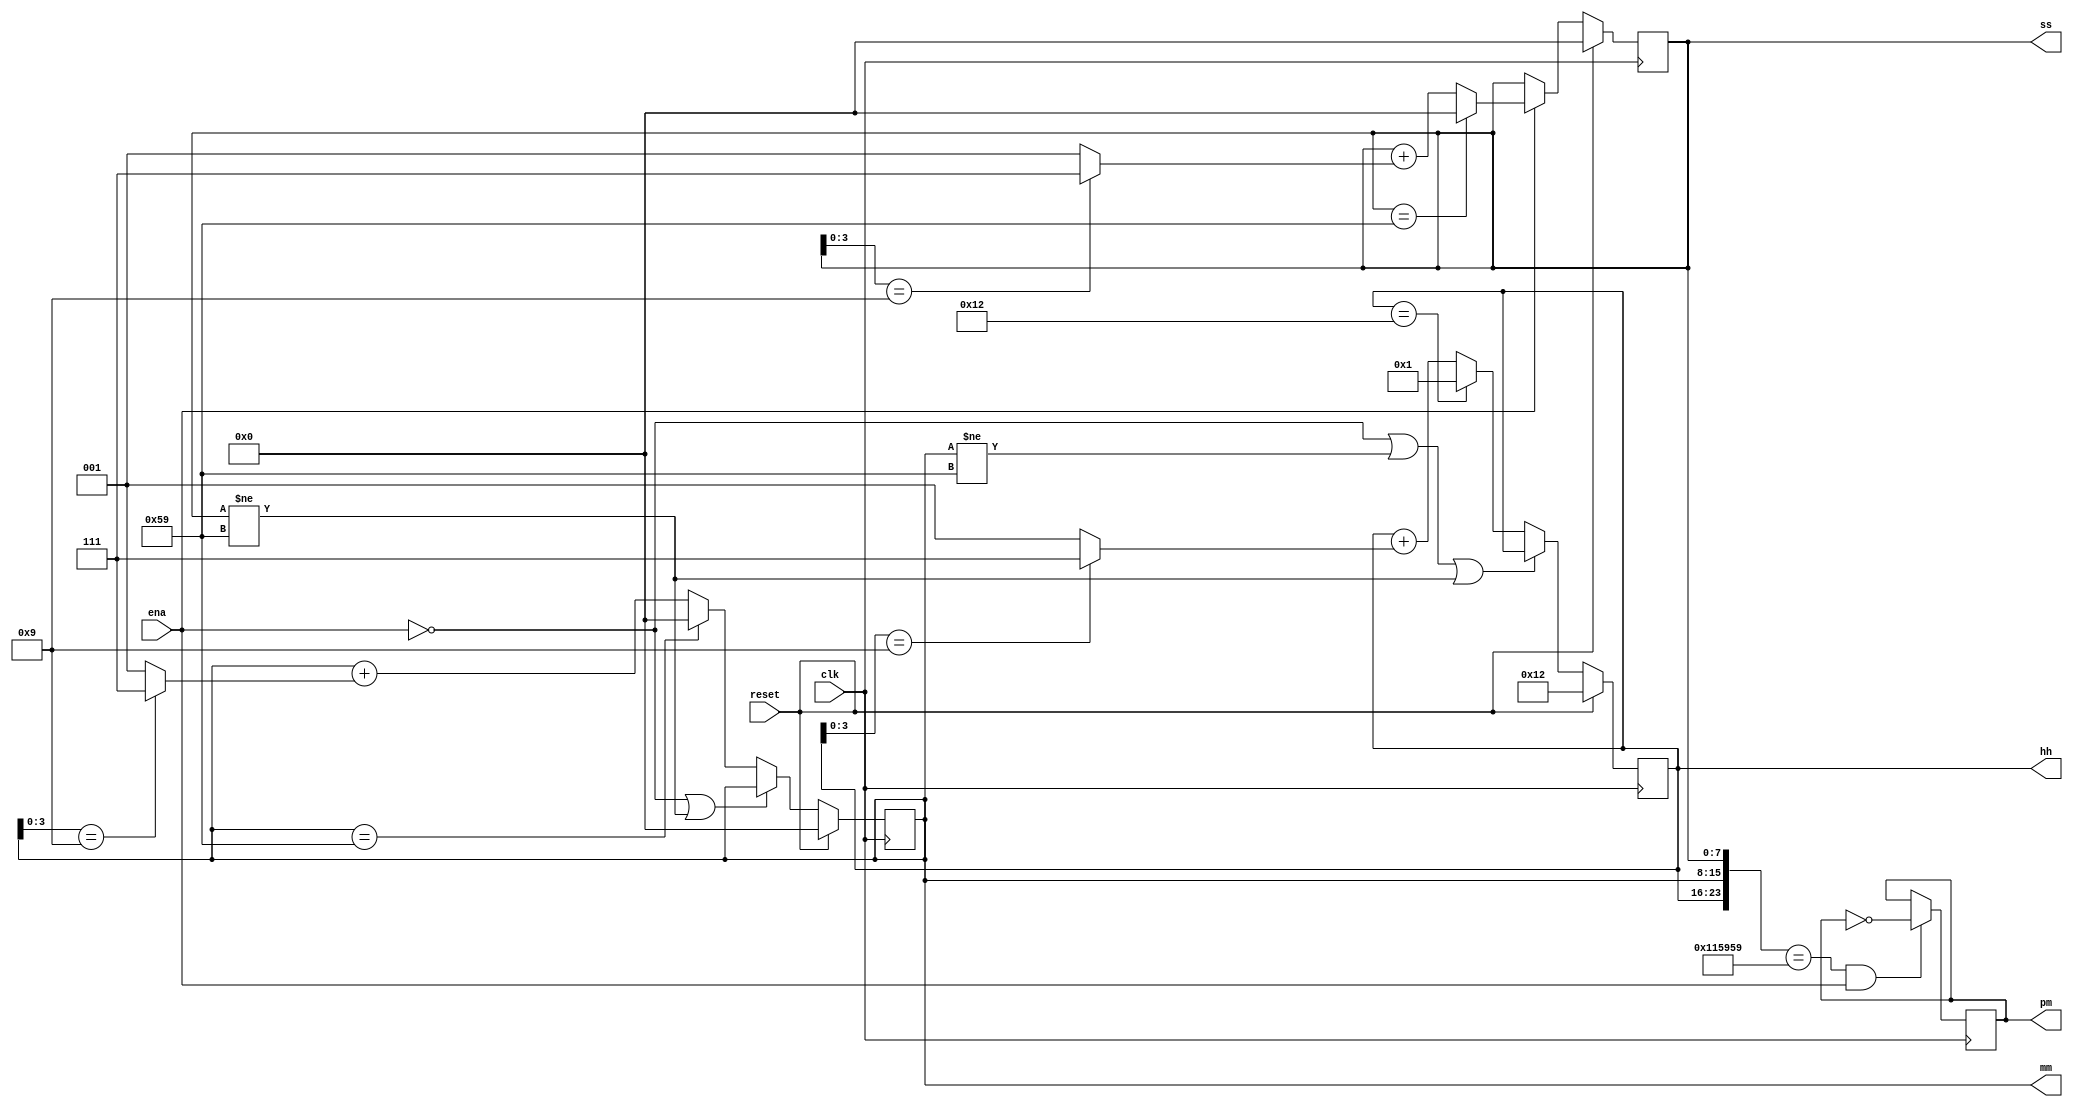
module top_module (
    input clk,
    input reset,
    input ena,
    output reg pm,
    output reg [7:0] hh,
    output reg [7:0] mm,
    output reg [7:0] ss
);

    always @(posedge clk) begin
        if (reset == 1'b1) begin
            ss[7:0] <= 8'h00;
        end else begin
            if (ena == 1'b0) begin
                ss[7:0] <= ss[7:0];
            end else begin
                if (ss[7:0] == 8'h59) begin
                    ss[7:0] <= 8'h00;
                end else begin
                    ss[7:0] <= ss[7:0] + (ss[3:0] == 4'h9 ? 8'h7 : 8'h1);
                end
            end
        end
    end

    always @(posedge clk) begin
        if (reset == 1'b1) begin
            mm[7:0] <= 8'h00;
        end else begin
            if (ena == 1'b0 | ss[7:0] != 8'h59) begin
                mm[7:0] <= mm[7:0];
            end else begin
                if (mm[7:0] == 8'h59) begin
                    mm[7:0] <= 8'h00;
                end else begin
                    mm[7:0] <= mm[7:0] + (mm[3:0] == 4'h9 ? 8'h7 : 8'h1);
                end
            end
        end
    end

    always @(posedge clk) begin
        if (reset == 1'b1) begin
            hh[7:0] <= 8'h12;
        end else begin
            if (ena == 1'b0 | mm[7:0] != 8'h59 | ss[7:0] != 8'h59) begin
                hh[7:0] <= hh[7:0];
            end else begin
                if (hh[7:0] == 8'h12) begin
                    hh[7:0] <= 8'h01;
                end else begin
                    hh[7:0] <= hh[7:0] + (hh[3:0] == 4'h9 ? 8'h7 : 8'h1);
                end
            end
        end
    end

    always @(posedge clk) begin
        if (reset == 1'b1) begin
            pm <= 1'b0;
        end
        if ({hh, mm, ss} == 24'h115959 && ena == 1'b1) begin
            pm <= ~pm;
        end else begin
            pm <= pm;
        end
    end

endmodule